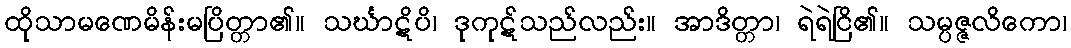
ထိုသာမဏေမိန်းမပြိတ္တာ၏။ သင်္ဃာဋိပိ၊ ဒုကုဋ်သည်လည်း။ အာဒိတ္တာ၊ ရဲရဲငြိ၏။ သမ္ပဇ္ဇလိကော၊